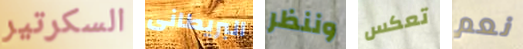
السكرتير البريطانى وننظر تعكس نعم